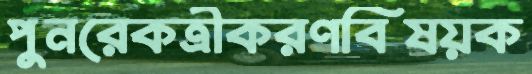
পুনরেকত্রীকরণবিষয়ক